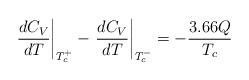
LaTeX: \begin{align*}\left.\frac{dC_V}{dT}\right|_{T_c^+}-\left.\frac{dC_V}{dT}\right|_{T_c^-} =-\frac{3.66 Q}{T_c}\end{align*}